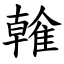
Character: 雗